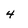
Character: 4